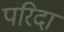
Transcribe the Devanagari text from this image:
परिदा